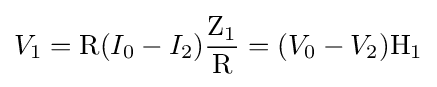
V_{1}=\mathrm {R} (I_{0}-I_{2}){\frac {\mathrm {Z_{1}} }{\mathrm {R} }}=(V_{0}-V_{2})\mathrm {H_{1}}